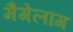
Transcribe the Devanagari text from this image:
मैगेलांग